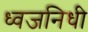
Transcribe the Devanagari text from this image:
ध्वजनिधी